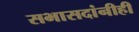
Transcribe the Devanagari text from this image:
सभासदांनीही